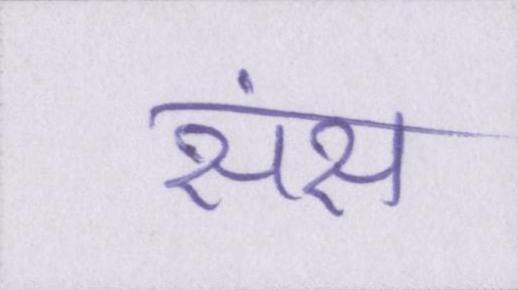
संस